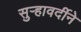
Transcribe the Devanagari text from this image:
सुर्‍हावर्दीने